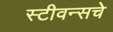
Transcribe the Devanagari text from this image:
स्टीवन्सचे